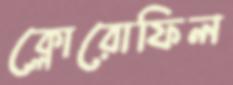
ক্লোরোফিল